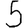
Digit: 5